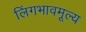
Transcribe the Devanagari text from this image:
लिंगभावमूल्य